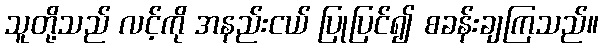
သူတို့သည် လင့်ကို အနည်းငယ် ပြုပြင်၍ စခန်းချကြသည်။